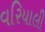
વરિયાલી